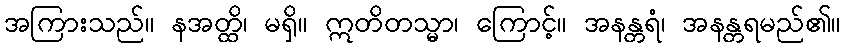
အကြားသည်။ နအတ္ထိ၊ မရှိ။ ဣတိတသ္မာ၊ ကြောင့်။ အနန္တရံ၊ အနန္တရမည်၏။